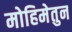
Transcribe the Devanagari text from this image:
मोहिमेतुन